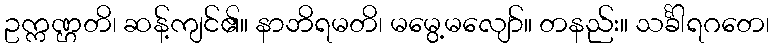
ဥက္ကဏ္ဌတိ၊ ဆန့်ကျင်၏။ နာဘိရမတိ၊ မမွေ့မလျော်။ တနည်း။ သင်္ခါရဂတေ၊